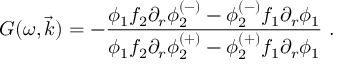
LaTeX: G ( \omega , \vec { k } ) = - \frac { \phi _ { 1 } f _ { 2 } \partial _ { r } \phi _ { 2 } ^ { ( - ) } - \phi _ { 2 } ^ { ( - ) } f _ { 1 } \partial _ { r } \phi _ { 1 } } { \phi _ { 1 } f _ { 2 } \partial _ { r } \phi _ { 2 } ^ { ( + ) } - \phi _ { 2 } ^ { ( + ) } f _ { 1 } \partial _ { r } \phi _ { 1 } } \ .